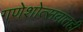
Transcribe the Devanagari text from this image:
गणेशोत्सवातही